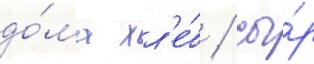
до́ма хл'е́б / сы́р